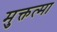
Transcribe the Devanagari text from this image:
मुक्तत्मा